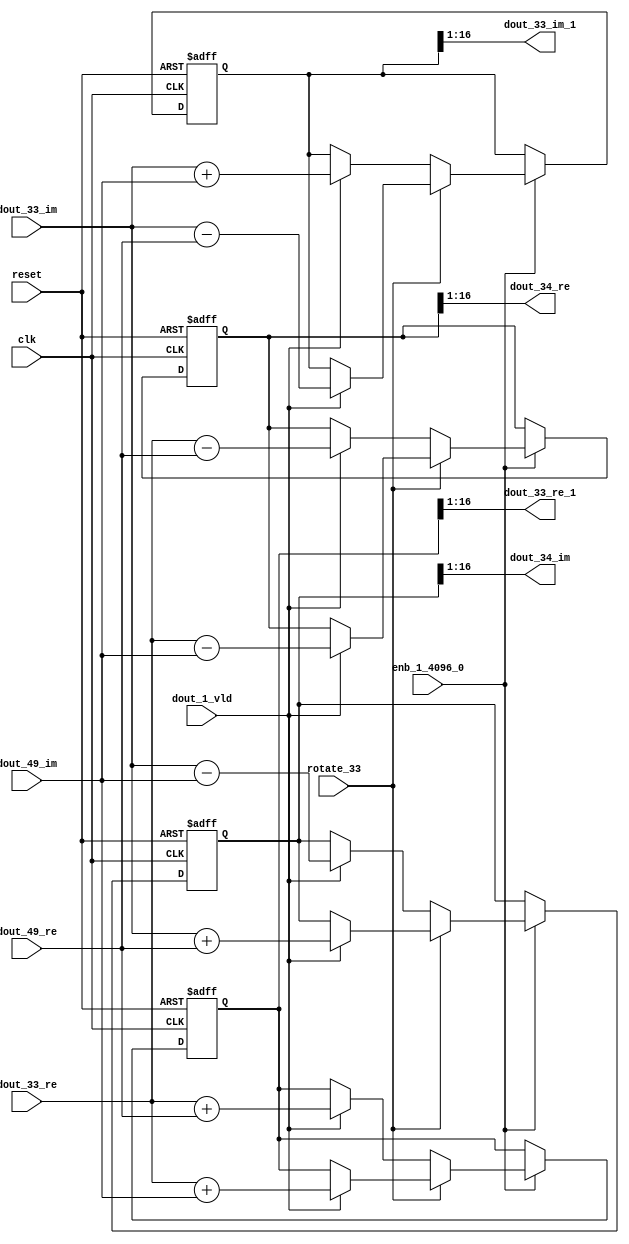
// -------------------------------------------------------------
// 
// 
// Generated by MATLAB 9.14 and HDL Coder 4.1
// 
// -------------------------------------------------------------


// -------------------------------------------------------------
// 
// Module: RADIX22FFT_SDNF2_4_block15
// Source Path: dsphdl.IFFT/RADIX22FFT_SDNF2_4
// Hierarchy Level: 4
// 
// -------------------------------------------------------------

`timescale 1 ns / 1 ns

module RADIX22FFT_SDNF2_4_block15
          (clk,
           reset,
           enb_1_4096_0,
           rotate_33,
           dout_33_re,
           dout_33_im,
           dout_49_re,
           dout_49_im,
           dout_1_vld,
           dout_33_re_1,
           dout_33_im_1,
           dout_34_re,
           dout_34_im);


  input   clk;
  input   reset;
  input   enb_1_4096_0;
  input   rotate_33;  // ufix1
  input   signed [15:0] dout_33_re;  // sfix16_En14
  input   signed [15:0] dout_33_im;  // sfix16_En14
  input   signed [15:0] dout_49_re;  // sfix16_En14
  input   signed [15:0] dout_49_im;  // sfix16_En14
  input   dout_1_vld;
  output  signed [15:0] dout_33_re_1;  // sfix16_En14
  output  signed [15:0] dout_33_im_1;  // sfix16_En14
  output  signed [15:0] dout_34_re;  // sfix16_En14
  output  signed [15:0] dout_34_im;  // sfix16_En14


  reg  Radix22ButterflyG2_NF_din_vld_dly;
  reg signed [16:0] Radix22ButterflyG2_NF_btf1_re_reg;  // sfix17
  reg signed [16:0] Radix22ButterflyG2_NF_btf1_im_reg;  // sfix17
  reg signed [16:0] Radix22ButterflyG2_NF_btf2_re_reg;  // sfix17
  reg signed [16:0] Radix22ButterflyG2_NF_btf2_im_reg;  // sfix17
  reg  Radix22ButterflyG2_NF_din_vld_dly_next;
  reg signed [16:0] Radix22ButterflyG2_NF_btf1_re_reg_next;  // sfix17_En14
  reg signed [16:0] Radix22ButterflyG2_NF_btf1_im_reg_next;  // sfix17_En14
  reg signed [16:0] Radix22ButterflyG2_NF_btf2_re_reg_next;  // sfix17_En14
  reg signed [16:0] Radix22ButterflyG2_NF_btf2_im_reg_next;  // sfix17_En14
  reg signed [15:0] dout_33_re_2;  // sfix16_En14
  reg signed [15:0] dout_33_im_2;  // sfix16_En14
  reg signed [15:0] dout_34_re_1;  // sfix16_En14
  reg signed [15:0] dout_34_im_1;  // sfix16_En14
  reg  dout_4_vld;
  reg signed [16:0] Radix22ButterflyG2_NF_add_cast;  // sfix17_En14
  reg signed [16:0] Radix22ButterflyG2_NF_add_cast_0;  // sfix17_En14
  reg signed [16:0] Radix22ButterflyG2_NF_add_cast_1;  // sfix17_En14
  reg signed [16:0] Radix22ButterflyG2_NF_add_cast_2;  // sfix17_En14
  reg signed [16:0] Radix22ButterflyG2_NF_sub_cast;  // sfix17_En14
  reg signed [16:0] Radix22ButterflyG2_NF_sub_cast_0;  // sfix17_En14
  reg signed [16:0] Radix22ButterflyG2_NF_sub_cast_1;  // sfix17_En14
  reg signed [16:0] Radix22ButterflyG2_NF_sub_cast_2;  // sfix17_En14
  reg signed [16:0] Radix22ButterflyG2_NF_sra_temp;  // sfix17_En14
  reg signed [16:0] Radix22ButterflyG2_NF_add_cast_3;  // sfix17_En14
  reg signed [16:0] Radix22ButterflyG2_NF_add_cast_4;  // sfix17_En14
  reg signed [16:0] Radix22ButterflyG2_NF_add_cast_5;  // sfix17_En14
  reg signed [16:0] Radix22ButterflyG2_NF_add_cast_6;  // sfix17_En14
  reg signed [16:0] Radix22ButterflyG2_NF_sra_temp_0;  // sfix17_En14
  reg signed [16:0] Radix22ButterflyG2_NF_sub_cast_3;  // sfix17_En14
  reg signed [16:0] Radix22ButterflyG2_NF_sub_cast_4;  // sfix17_En14
  reg signed [16:0] Radix22ButterflyG2_NF_sub_cast_5;  // sfix17_En14
  reg signed [16:0] Radix22ButterflyG2_NF_sub_cast_6;  // sfix17_En14
  reg signed [16:0] Radix22ButterflyG2_NF_sra_temp_1;  // sfix17_En14
  reg signed [16:0] Radix22ButterflyG2_NF_sra_temp_2;  // sfix17_En14


  // Radix22ButterflyG2_NF
  always @(posedge clk or posedge reset)
    begin : Radix22ButterflyG2_NF_process
      if (reset == 1'b1) begin
        Radix22ButterflyG2_NF_din_vld_dly <= 1'b0;
        Radix22ButterflyG2_NF_btf1_re_reg <= 17'sb00000000000000000;
        Radix22ButterflyG2_NF_btf1_im_reg <= 17'sb00000000000000000;
        Radix22ButterflyG2_NF_btf2_re_reg <= 17'sb00000000000000000;
        Radix22ButterflyG2_NF_btf2_im_reg <= 17'sb00000000000000000;
      end
      else begin
        if (enb_1_4096_0) begin
          Radix22ButterflyG2_NF_din_vld_dly <= Radix22ButterflyG2_NF_din_vld_dly_next;
          Radix22ButterflyG2_NF_btf1_re_reg <= Radix22ButterflyG2_NF_btf1_re_reg_next;
          Radix22ButterflyG2_NF_btf1_im_reg <= Radix22ButterflyG2_NF_btf1_im_reg_next;
          Radix22ButterflyG2_NF_btf2_re_reg <= Radix22ButterflyG2_NF_btf2_re_reg_next;
          Radix22ButterflyG2_NF_btf2_im_reg <= Radix22ButterflyG2_NF_btf2_im_reg_next;
        end
      end
    end

  always @(Radix22ButterflyG2_NF_btf1_im_reg, Radix22ButterflyG2_NF_btf1_re_reg,
       Radix22ButterflyG2_NF_btf2_im_reg, Radix22ButterflyG2_NF_btf2_re_reg,
       Radix22ButterflyG2_NF_din_vld_dly, dout_1_vld, dout_33_im, dout_33_re,
       dout_49_im, dout_49_re, rotate_33) begin
    Radix22ButterflyG2_NF_add_cast_1 = 17'sb00000000000000000;
    Radix22ButterflyG2_NF_add_cast_2 = 17'sb00000000000000000;
    Radix22ButterflyG2_NF_sub_cast_1 = 17'sb00000000000000000;
    Radix22ButterflyG2_NF_sub_cast_2 = 17'sb00000000000000000;
    Radix22ButterflyG2_NF_add_cast_5 = 17'sb00000000000000000;
    Radix22ButterflyG2_NF_add_cast_6 = 17'sb00000000000000000;
    Radix22ButterflyG2_NF_sub_cast_5 = 17'sb00000000000000000;
    Radix22ButterflyG2_NF_sub_cast_6 = 17'sb00000000000000000;
    Radix22ButterflyG2_NF_add_cast = 17'sb00000000000000000;
    Radix22ButterflyG2_NF_add_cast_0 = 17'sb00000000000000000;
    Radix22ButterflyG2_NF_sub_cast = 17'sb00000000000000000;
    Radix22ButterflyG2_NF_sub_cast_0 = 17'sb00000000000000000;
    Radix22ButterflyG2_NF_add_cast_3 = 17'sb00000000000000000;
    Radix22ButterflyG2_NF_add_cast_4 = 17'sb00000000000000000;
    Radix22ButterflyG2_NF_sub_cast_3 = 17'sb00000000000000000;
    Radix22ButterflyG2_NF_sub_cast_4 = 17'sb00000000000000000;
    Radix22ButterflyG2_NF_btf1_re_reg_next = Radix22ButterflyG2_NF_btf1_re_reg;
    Radix22ButterflyG2_NF_btf1_im_reg_next = Radix22ButterflyG2_NF_btf1_im_reg;
    Radix22ButterflyG2_NF_btf2_re_reg_next = Radix22ButterflyG2_NF_btf2_re_reg;
    Radix22ButterflyG2_NF_btf2_im_reg_next = Radix22ButterflyG2_NF_btf2_im_reg;
    Radix22ButterflyG2_NF_din_vld_dly_next = dout_1_vld;
    if (rotate_33 != 1'b0) begin
      if (dout_1_vld) begin
        Radix22ButterflyG2_NF_add_cast_1 = {dout_33_re[15], dout_33_re};
        Radix22ButterflyG2_NF_add_cast_2 = {dout_49_im[15], dout_49_im};
        Radix22ButterflyG2_NF_btf1_re_reg_next = Radix22ButterflyG2_NF_add_cast_1 + Radix22ButterflyG2_NF_add_cast_2;
        Radix22ButterflyG2_NF_sub_cast_1 = {dout_33_re[15], dout_33_re};
        Radix22ButterflyG2_NF_sub_cast_2 = {dout_49_im[15], dout_49_im};
        Radix22ButterflyG2_NF_btf2_re_reg_next = Radix22ButterflyG2_NF_sub_cast_1 - Radix22ButterflyG2_NF_sub_cast_2;
        Radix22ButterflyG2_NF_add_cast_5 = {dout_33_im[15], dout_33_im};
        Radix22ButterflyG2_NF_add_cast_6 = {dout_49_re[15], dout_49_re};
        Radix22ButterflyG2_NF_btf2_im_reg_next = Radix22ButterflyG2_NF_add_cast_5 + Radix22ButterflyG2_NF_add_cast_6;
        Radix22ButterflyG2_NF_sub_cast_5 = {dout_33_im[15], dout_33_im};
        Radix22ButterflyG2_NF_sub_cast_6 = {dout_49_re[15], dout_49_re};
        Radix22ButterflyG2_NF_btf1_im_reg_next = Radix22ButterflyG2_NF_sub_cast_5 - Radix22ButterflyG2_NF_sub_cast_6;
      end
    end
    else if (dout_1_vld) begin
      Radix22ButterflyG2_NF_add_cast = {dout_33_re[15], dout_33_re};
      Radix22ButterflyG2_NF_add_cast_0 = {dout_49_re[15], dout_49_re};
      Radix22ButterflyG2_NF_btf1_re_reg_next = Radix22ButterflyG2_NF_add_cast + Radix22ButterflyG2_NF_add_cast_0;
      Radix22ButterflyG2_NF_sub_cast = {dout_33_re[15], dout_33_re};
      Radix22ButterflyG2_NF_sub_cast_0 = {dout_49_re[15], dout_49_re};
      Radix22ButterflyG2_NF_btf2_re_reg_next = Radix22ButterflyG2_NF_sub_cast - Radix22ButterflyG2_NF_sub_cast_0;
      Radix22ButterflyG2_NF_add_cast_3 = {dout_33_im[15], dout_33_im};
      Radix22ButterflyG2_NF_add_cast_4 = {dout_49_im[15], dout_49_im};
      Radix22ButterflyG2_NF_btf1_im_reg_next = Radix22ButterflyG2_NF_add_cast_3 + Radix22ButterflyG2_NF_add_cast_4;
      Radix22ButterflyG2_NF_sub_cast_3 = {dout_33_im[15], dout_33_im};
      Radix22ButterflyG2_NF_sub_cast_4 = {dout_49_im[15], dout_49_im};
      Radix22ButterflyG2_NF_btf2_im_reg_next = Radix22ButterflyG2_NF_sub_cast_3 - Radix22ButterflyG2_NF_sub_cast_4;
    end
    Radix22ButterflyG2_NF_sra_temp = Radix22ButterflyG2_NF_btf1_re_reg >>> 8'd1;
    dout_33_re_2 = Radix22ButterflyG2_NF_sra_temp[15:0];
    Radix22ButterflyG2_NF_sra_temp_0 = Radix22ButterflyG2_NF_btf1_im_reg >>> 8'd1;
    dout_33_im_2 = Radix22ButterflyG2_NF_sra_temp_0[15:0];
    Radix22ButterflyG2_NF_sra_temp_1 = Radix22ButterflyG2_NF_btf2_re_reg >>> 8'd1;
    dout_34_re_1 = Radix22ButterflyG2_NF_sra_temp_1[15:0];
    Radix22ButterflyG2_NF_sra_temp_2 = Radix22ButterflyG2_NF_btf2_im_reg >>> 8'd1;
    dout_34_im_1 = Radix22ButterflyG2_NF_sra_temp_2[15:0];
    dout_4_vld = Radix22ButterflyG2_NF_din_vld_dly;
  end



  assign dout_33_re_1 = dout_33_re_2;

  assign dout_33_im_1 = dout_33_im_2;

  assign dout_34_re = dout_34_re_1;

  assign dout_34_im = dout_34_im_1;

endmodule  // RADIX22FFT_SDNF2_4_block15